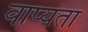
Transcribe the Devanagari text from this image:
वाप्यता